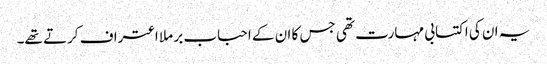
یہ ان کی اکتسابی مہارت تھی جس کا ان کے احباب بر ملا اعتراف کرتے تھے۔